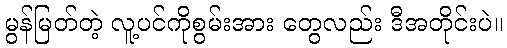
မွန်မြတ်တဲ့ လူ့ပင်ကိုစွမ်းအား တွေလည်း ဒီအတိုင်းပဲ။